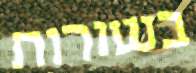
בשורות